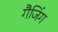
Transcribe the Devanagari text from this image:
गैजिंग